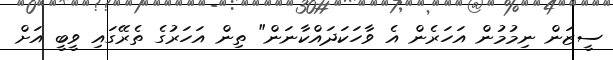
ސީޒަން ނިމުމުން އަހަރެން އެ ވާހަކަދައްކާނަން" ތިން އަހަރުގެ ތެރޭގައި ވީބީ އަށް